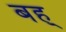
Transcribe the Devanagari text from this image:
बह्